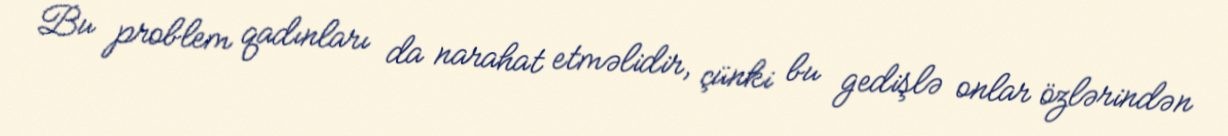
Bu problem qadınları da narahat etməlidir, çünki bu gedişlə onlar özlərindən